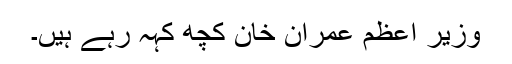
وزیر اعظم عمران خان کچھ کہہ رہے ہیں۔